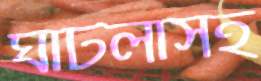
ঘাটলাসহ